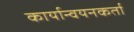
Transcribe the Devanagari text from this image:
कार्यान्वयनकर्ता